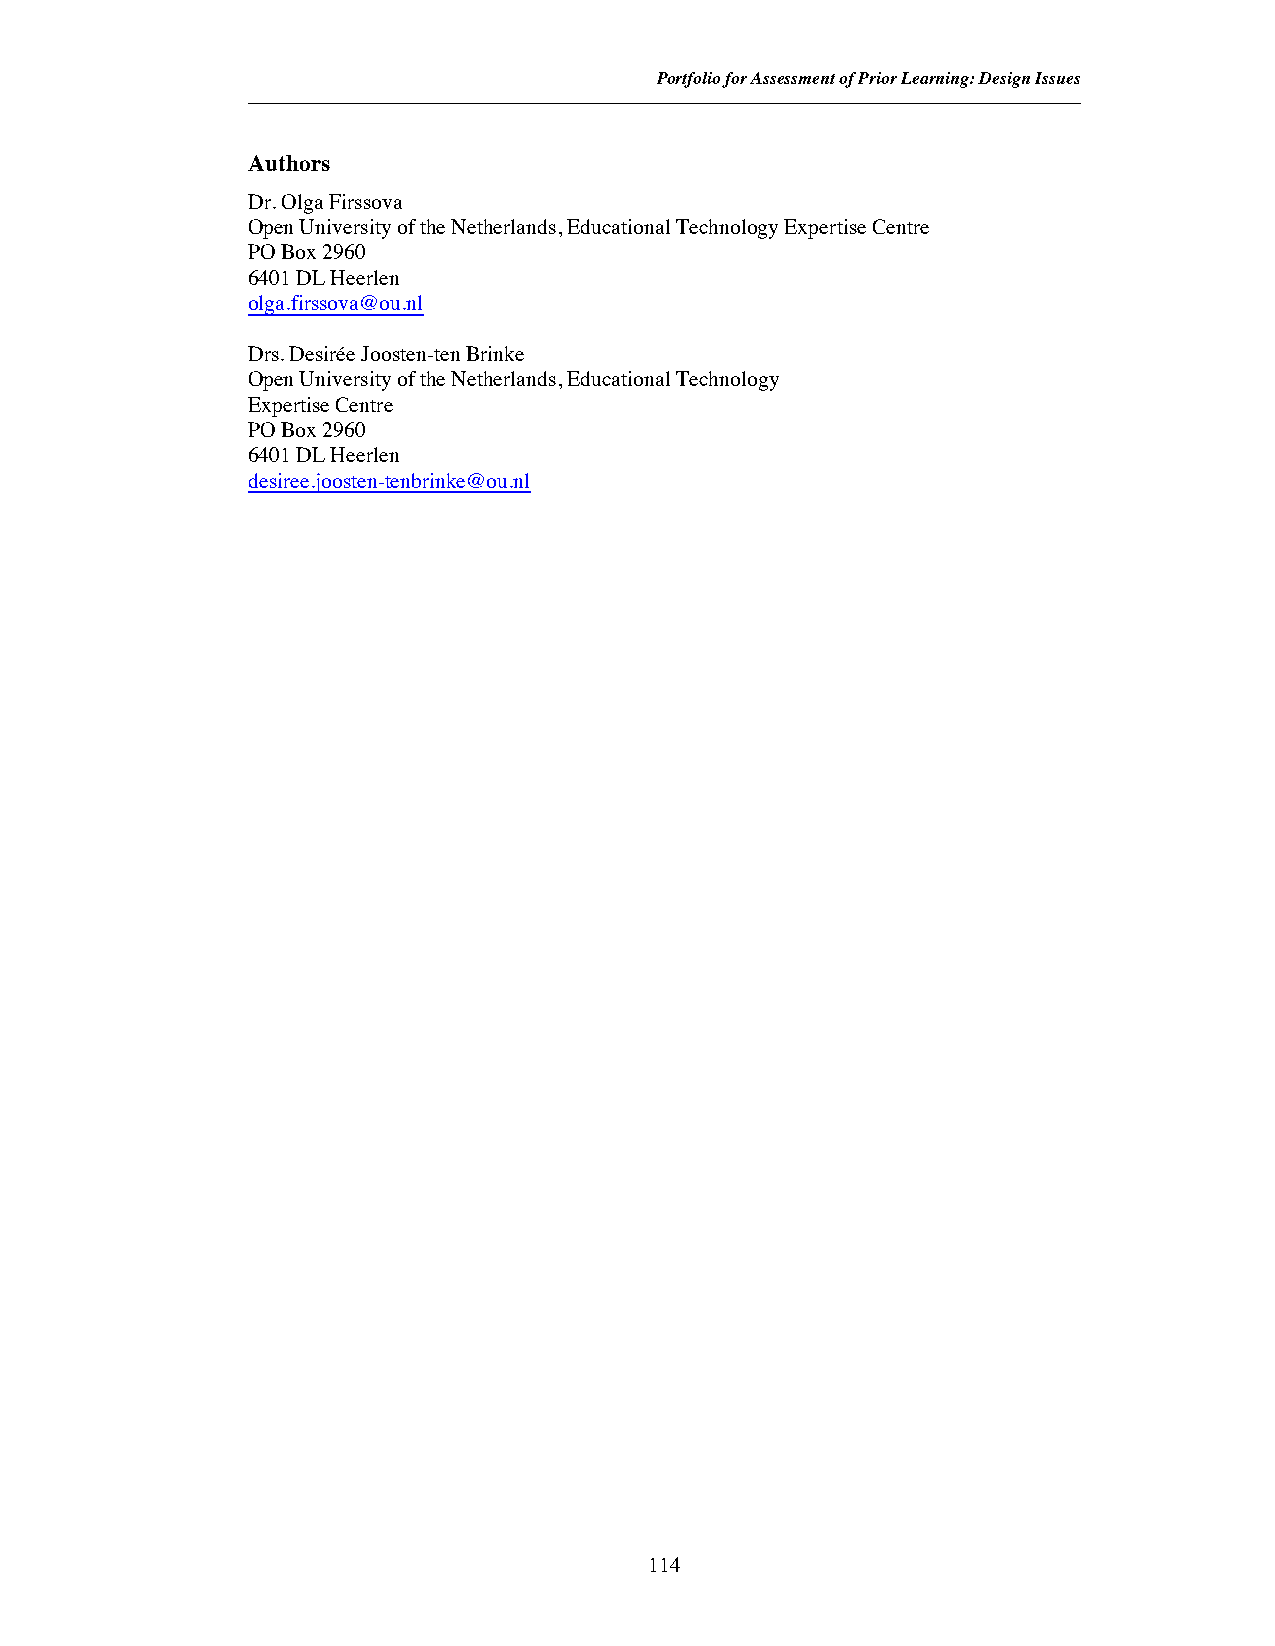
Portfolio for Assessment of Prior Learning: Design Issues
 Authors
 Dr. Olga Firssova
 Open University of the Netherlands, Educational Technology Expertise Centre
 PO Box 2960
 6401 DL Heerlen
 olga.firssova@ou.nl
 Drs. Desirée Joosten-ten Brinke
 Open University of the Netherlands, Educational Technology
 Expertise Centre
 PO Box 2960
 6401 DL Heerlen
 desiree.joosten-tenbrinke@ou.nl
 114